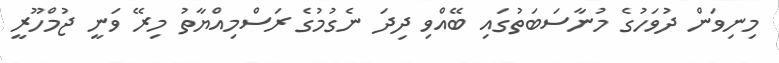
މިނިވަން ދުވަހުގެ މުނާސަބަތުގައި ބޭއްވި ދިދަ ނެގުމުގެ ރަސްމިއްޔާތު މިރޭ ވަނީ ޖުމްހޫރީ